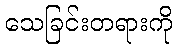
သေခြင်းတရားကို